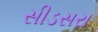
સીડસરા